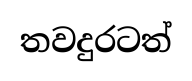
තවදුරටත්